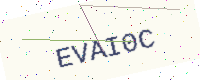
Text: EVAI0C